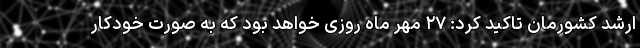
ارشد کشورمان تاکید کرد: ۲۷ مهر ماه روزی خواهد بود که به صورت خودکار